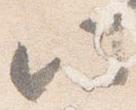
此